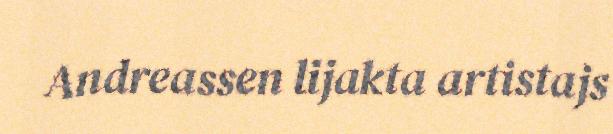
Andreassen lijakta artistajs